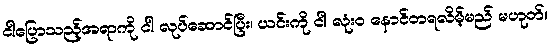
ငါပြောသည့်အရာကို ငါ လုပ်ဆောင်ပြီး၊ ယင်းကို ငါ လုံးဝ နောင်တရလိမ့်မည် မဟုတ်။